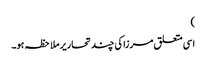
)
اسی متعلق مرزا کی چند تحاریر ملاحظہ ہو۔